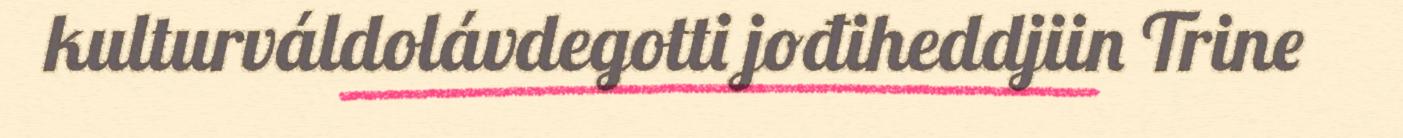
kulturváldolávdegotti jođiheddjiin Trine